画像に写った文字を読んでください
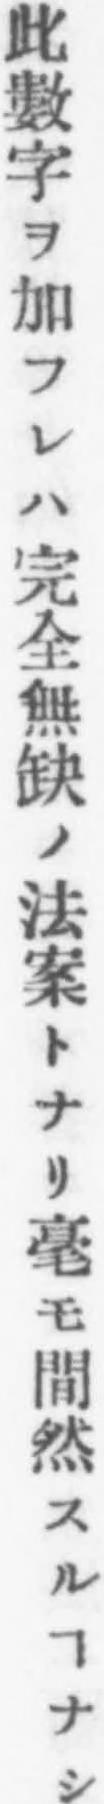
「此數字ヲ加フレハ完全無缺ノ法案トナリ毫モ間然スルヿナシ」と書いてあります